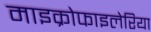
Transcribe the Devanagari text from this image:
माइक्रोफाइलेरिया